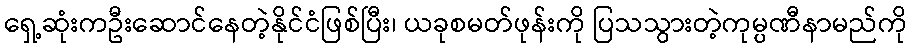
ရှေ့ဆုံးကဦးဆောင်နေတဲ့နိုင်ငံဖြစ်ပြီး၊ ယခုစမတ်ဖုန်းကို ပြသသွားတဲ့ကုမ္ပဏီနာမည်ကို